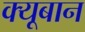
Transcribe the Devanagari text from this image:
क्यूबान